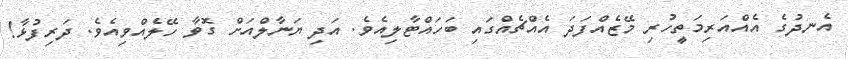
އެނދުގެ އެއްއަރިމަތީހުރި މޭޒެއްފަދަ އެއްޗެއްގައި ބަހައްޓާލިއެވެ. އަދި ޔަނާލްއަށް ގޮވާ ހޭލެއްވިއެވެ. ދަރިފުޅާ!